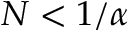
N < 1 / \alpha